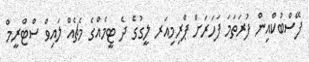
ފޭސްބުކްއިން ފުރަތަމަ ފަހަރަށް ޕްރިމިއަރ ލީގުގެ ދެ ޓީމެއްގެ މެޗެއް ލައިވް ސްޓްރީމް